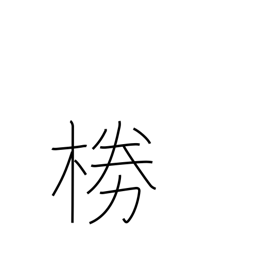
Meaning: wickerwork